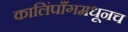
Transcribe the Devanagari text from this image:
कालिंपाँगमधूनच